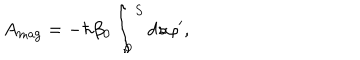
LaTeX: A _ { \mathrm { m a g } } = - \hbar \beta _ { 0 } \int _ { 0 } ^ { S } d s \varphi ^ { \prime } ,